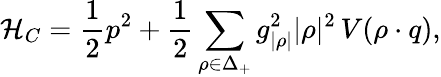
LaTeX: \mathcal{H}_{C}={\frac{1}{2}}p^{2}+{\frac{1}{2}}\sum_{\rho\in\Delta_{+}}{g_{|\rho|}^{2}|\rho|^{2}}\, V(\rho\cdot q),